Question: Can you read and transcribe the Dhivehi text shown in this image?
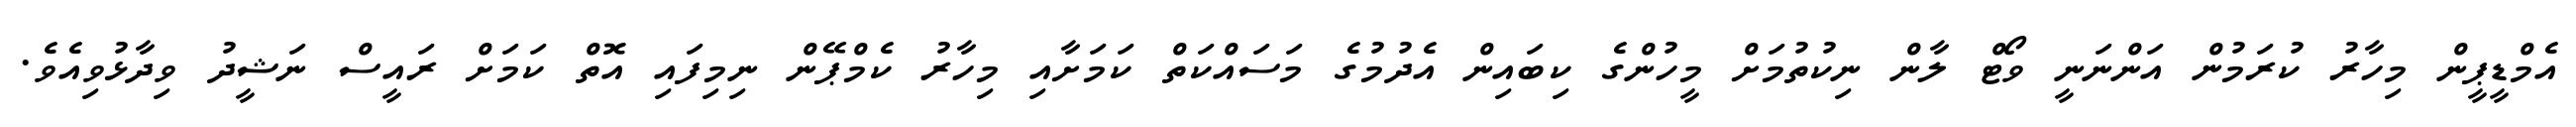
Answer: އެމްޑީޕީން މިހާރު ކުރަމުން އަންނަނީ ވޯޓް ލާން ނިކުތުމަށް މީހުންގެ ކިބައިން އެދުމުގެ މަސައްކަތް ކަމަށާއި މިހާރު ކެމްޕޭން ނިމިފައި އޮތް ކަމަށް ރައީސް ނަޝީދު ވިދާޅުވިއެވެ.